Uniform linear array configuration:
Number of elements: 64
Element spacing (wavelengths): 1
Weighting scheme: kaiser
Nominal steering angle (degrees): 45
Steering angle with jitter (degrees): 46.368
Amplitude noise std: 0.05
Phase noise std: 0.05

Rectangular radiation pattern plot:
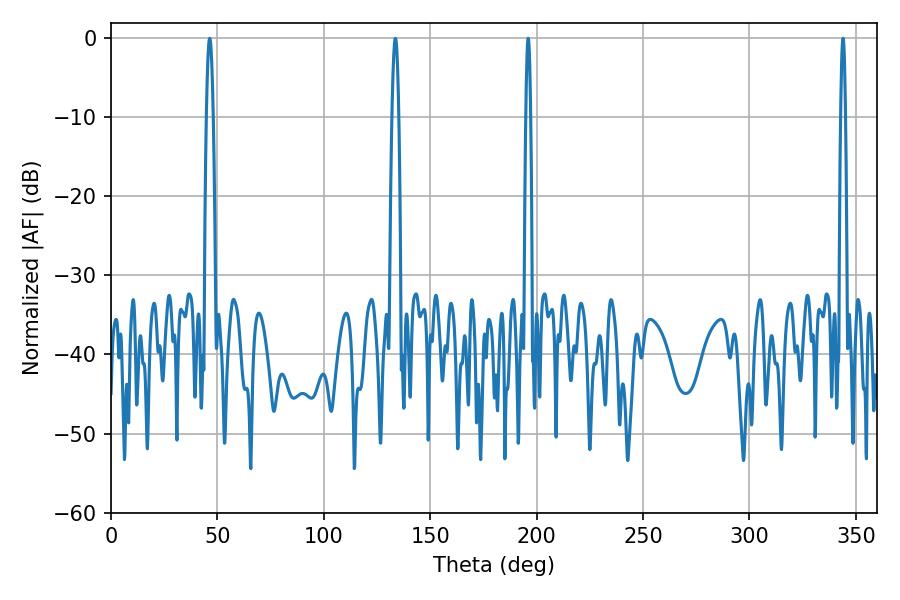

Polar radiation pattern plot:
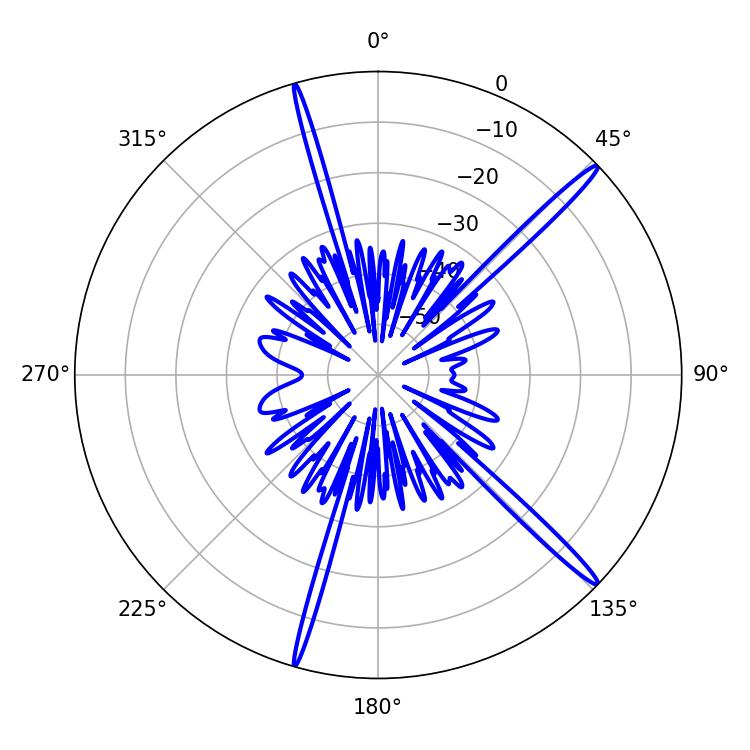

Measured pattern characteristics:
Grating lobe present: TRUE
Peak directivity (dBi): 17.489
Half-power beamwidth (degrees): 1.08
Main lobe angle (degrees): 196.02